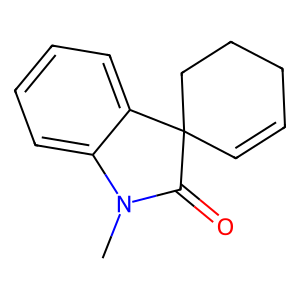
SMILES: CN1C(=O)C2(C=CCCC2)c2ccccc21
Inhibits HIV replication: No